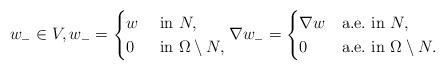
LaTeX: \begin{align*}w_-\in V,w_-= \begin{cases} w&\mbox{ in }N,\\ 0&\mbox{ in }\Omega\setminus N, \end{cases}\nabla w_-= \begin{cases} \nabla w&\mbox{a.e.~in }N,\\ 0&\mbox{a.e.~in }\Omega\setminus N. \end{cases}\end{align*}